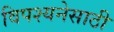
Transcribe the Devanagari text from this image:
विपश्यनेसाठी